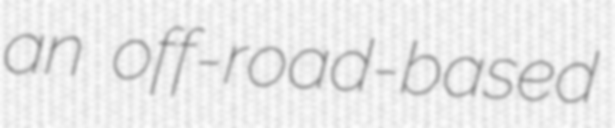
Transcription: an off-road-based